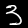
Label: 3